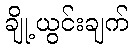
ချို့ယွင်းချက်